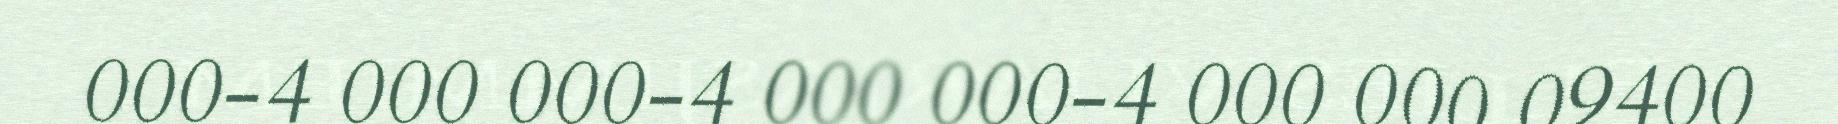
000-4 000 000-4 000 000-4 000 000 09400